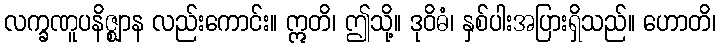
လက္ခဏူပနိဇ္ဈာန လည်းကောင်း။ ဣတိ၊ ဤသို့။ ဒုဝိဓံ၊ နှစ်ပါးအပြားရှိသည်။ ဟောတိ၊